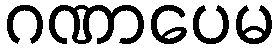
ဂဏာပေမ